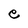
Character: e